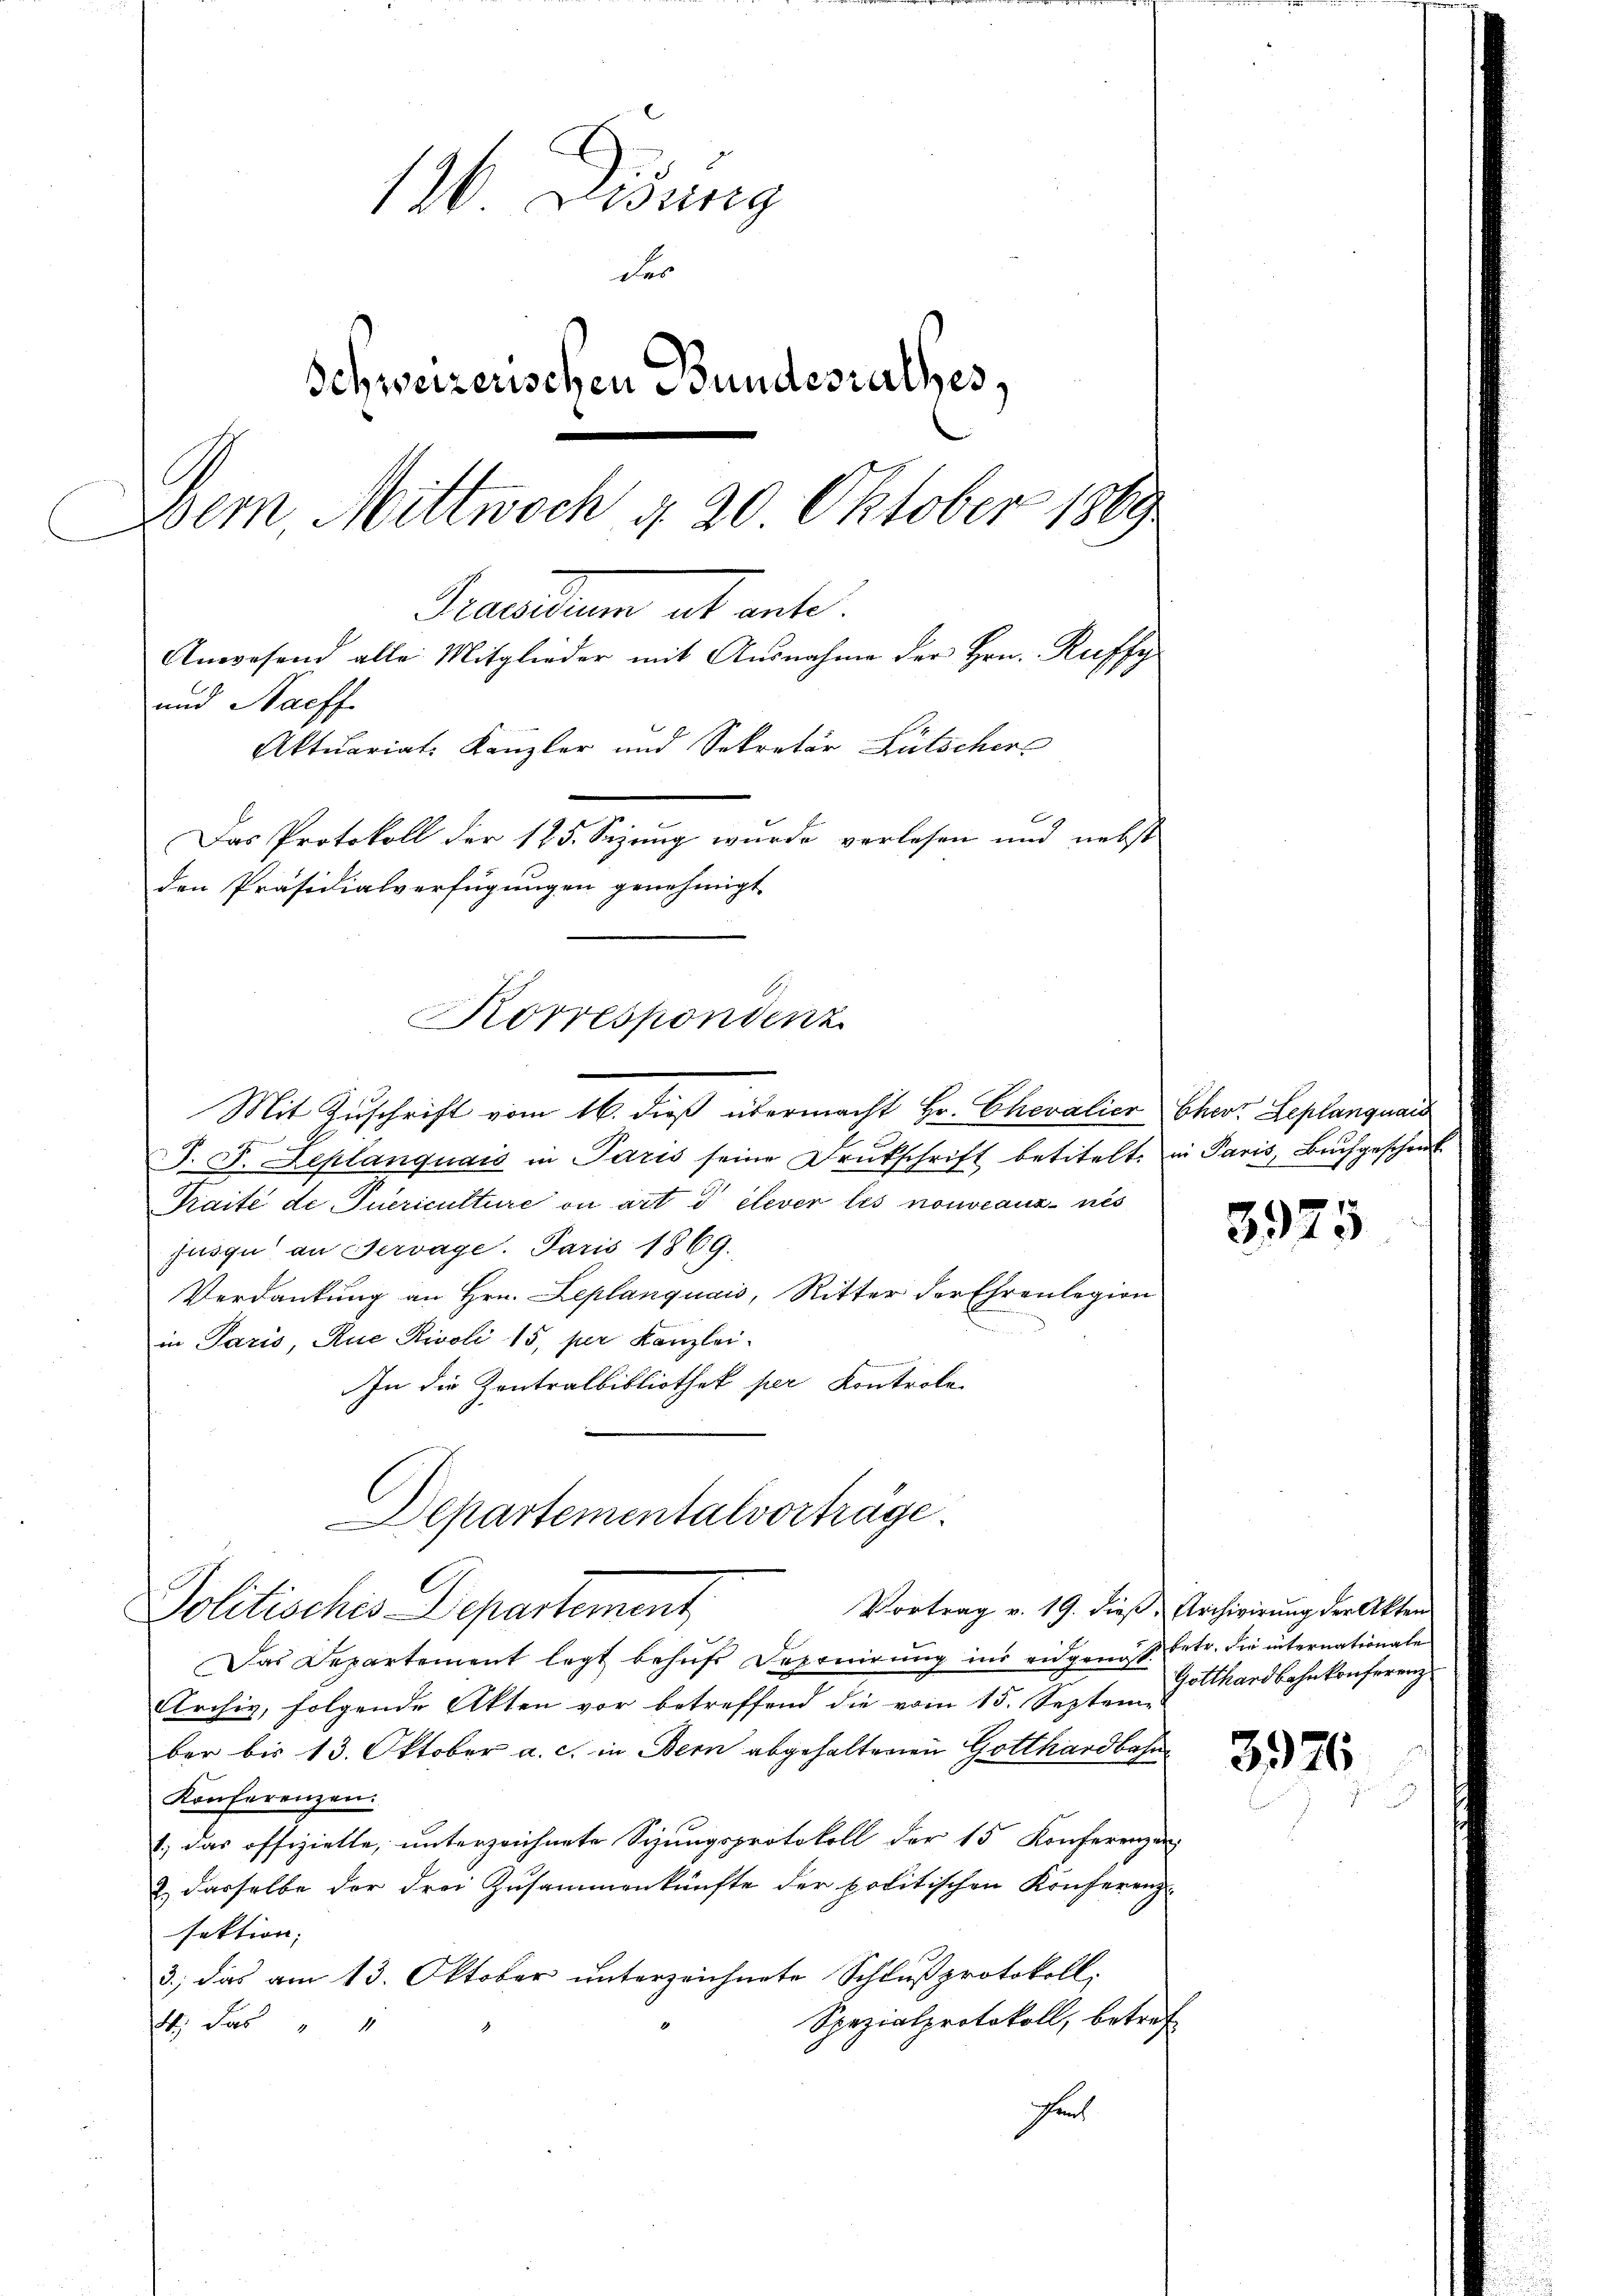
126 Didung
der
Schweizerischen Bundesrathes,
Dem Mittwoch d. 20. Oktober 1889
catum ab ante.
Anwesend alle Mitglieder mit Ausnahme der Hrn. Ruffy
und Nachf
Aktuariats Kanzler und Sekretär Lütscher
Das Protokoll der 125. Sezung wurde verlesen und nebst
den Präsidialverfügungen genehmigt

Mit Zuschrift vom 16. dieß übermacht Hr. Chevalier Chor Leplangnaus
wenn
J. F. Leplanquais in Paris seine Drukschrift betitelt. in Paris, Buchgeschenk
Kraite de Incriculture ou art à elever les nouveaus nis
jusqu an Servage. Paris 1869.
Verdankung an Hrn. Leplanquais, Ritter der Ehrenlegion
in Paris, Aue Rivoli 15, per Kanzlei.
In die Zentralbibliothek per Kontrole
Vortrag v. 19. dieß, Archivirung der Akten
Das Departement legt behufs Deponirung ins eidgenöß betr. die internationale
Elrchiv, folgende Akten vor betreffend die vom 15. Septeme
ber bis 13. Oktober a. c. in Bern abgehaltenen Gotthardbahn
Konferenzen.
1.) Das offizielle, unterzeichnete Sizungsprotokoll der 15 Konferenzen
& dasselbe der drei Zusammenkünfte der politischen Konferenz-
sektion:
3., das am 13. Oktober unterzeichnete Schlußprotokoll.
Spezialprotokoll, betref
4. Das " "
Fruch

Korrespondenz

Departementalvorträge.
Politisches Departement

3975

Gotthardbahnkonferenz

3926